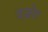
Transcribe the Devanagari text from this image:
दज़ोर